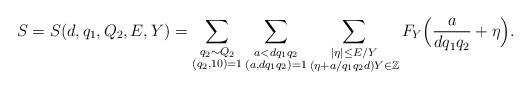
LaTeX: \begin{align*}S=S(d,q_1,Q_2,E,Y)=\sum_{\substack{q_2\sim Q_2\\ (q_2,10)=1}}\sum_{\substack{a< d q_1q_2\\ (a,d q_1q_2)=1}}\sum_{\substack{|\eta|\le E/Y\\ (\eta+a/q_1q_2d)Y\in\mathbb{Z}}}F_Y\Bigl(\frac{a}{d q_1q_2}+\eta\Bigr).\end{align*}